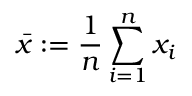
\bar { x } : = \frac { 1 } { n } \sum _ { i = 1 } ^ { n } x _ { i }